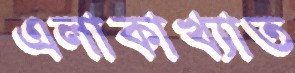
এলাকাখ্যাত